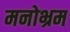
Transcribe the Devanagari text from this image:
मनोभ्रम